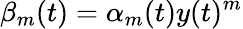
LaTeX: \beta_{m}(t)=\alpha_{m}(t)y(t)^{m}